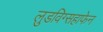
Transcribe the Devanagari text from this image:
लुडविग्सहाफेन